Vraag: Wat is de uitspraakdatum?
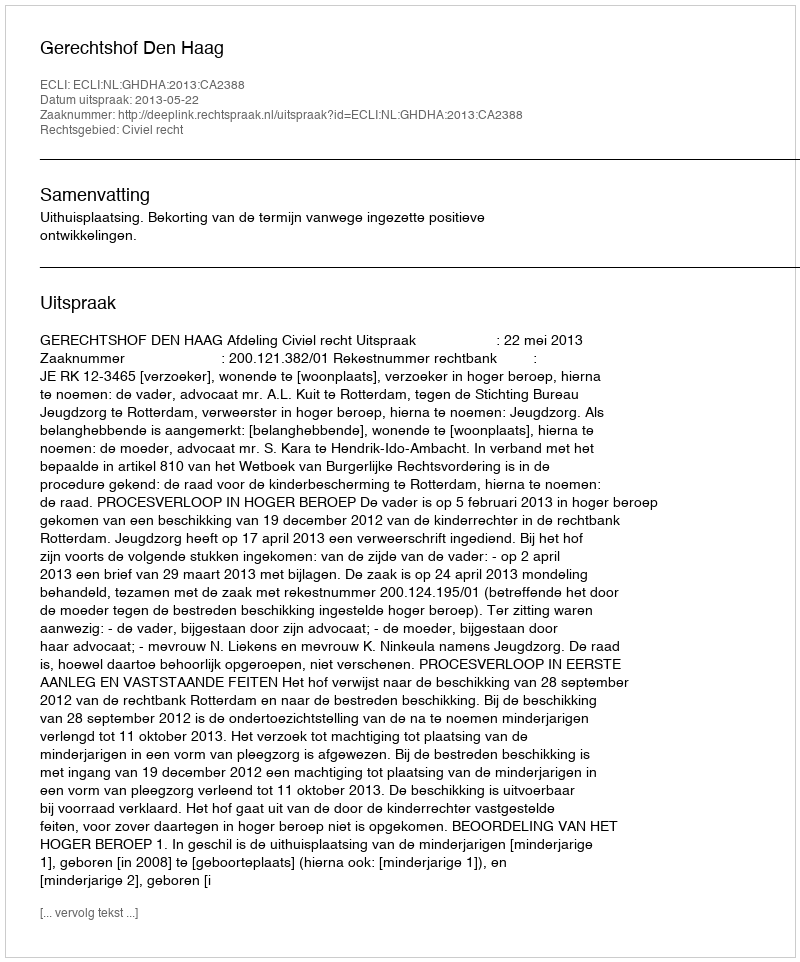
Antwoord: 2013-05-22